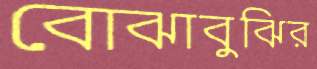
বোঝাবুঝির